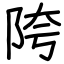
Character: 陓